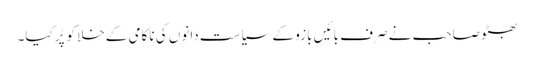
بھٹو صاحب نے صرف بائیں بازو کے سیاست دانوں کی ناکامی کے خلا کو پُر کیا۔